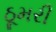
ઠૂમરી